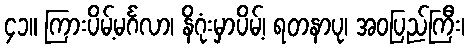
၄၁။ ကြားပိမ့်မင်္ဂလာ၊ နိဂုံးမှာပိမ့်၊ ရတနာပု၊ အဝပြည်ကြီး၊